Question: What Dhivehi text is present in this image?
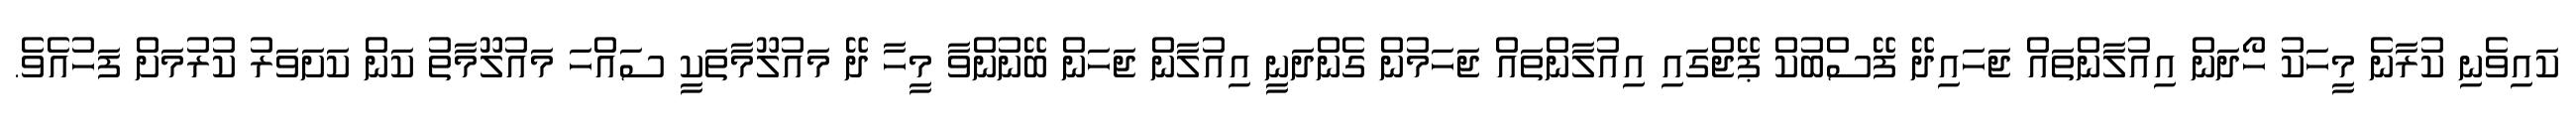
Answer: ކައިވެނި ކުރާނެ މީހަކު ހޯދަން އިއުލާންތައް ޖަހައިދޭ ފޭސްބުކް ޕޭޖްގައި އިއުލާންތައް ޖަހަމުން ގެންދަނީ އިއުލާން ޖަހަން ބޭނުންވާ މީހާ ދޭ މައުލޫމާތަކީ ސައްހަ މައުލޫމާތު ކަން ކަށަވަރު ކުރުމަށް ފަހުއެވެ.